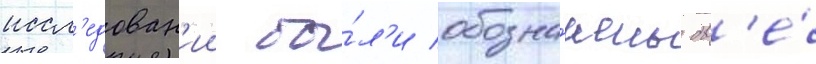
иссл'едован'ии бы́л'и обозна́чены дв'е́